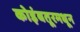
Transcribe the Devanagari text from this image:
कोइंबतूरमधून